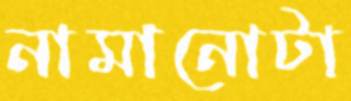
নামানোটা